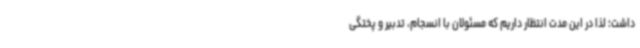
داشت؛ لذا در این مدت انتظار داریم که مسئولان با انسجام، تدبیر و پختگی